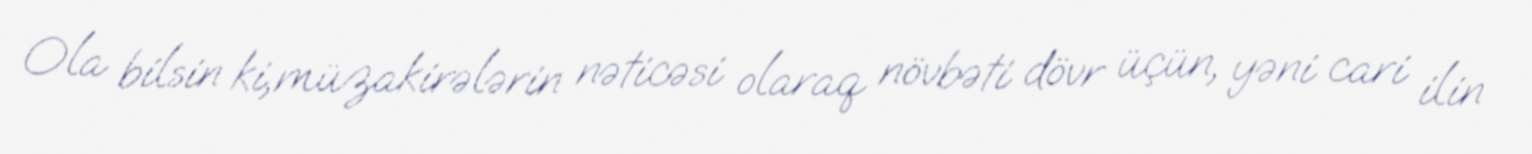
Ola bilsin ki,müzakirələrin nəticəsi olaraq növbəti dövr üçün, yəni cari ilin